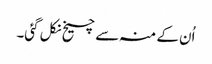
اُن کے منہ سے چیخ نکل گئی۔